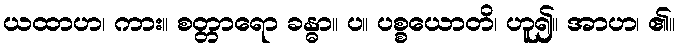
ယထာဟ၊ ကား။ စတ္တာရော ခန္ဓာ။ ပ။ ပစ္စယောတိ၊ ဟူ၍။ အာဟ၊ ၏။